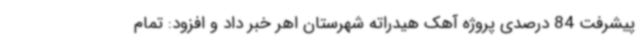
پیشرفت 84 درصدی پروژه آهک هیدراته شهرستان اهر خبر داد و افزود: تمام